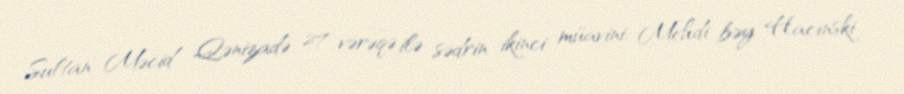
Sultan Məcid Qənizadə 27 vərəqə ilə sədrin ikinci müavini, Mehdi bəy Hacınski